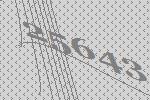
25643